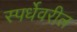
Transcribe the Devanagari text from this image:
स्पर्धेवरील